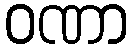
ဝဏာ